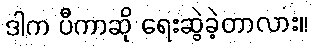
ဒါက ပီကာဆို ရေးဆွဲခဲ့တာလား။